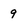
Character: 9